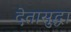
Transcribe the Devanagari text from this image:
देतासुद्धा